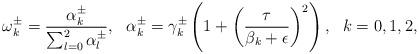
LaTeX: \begin{align*} \omega^{\pm}_k = \frac{\alpha^{\pm}_k}{\sum^2_{l=0} \alpha^{\pm}_l},~~\alpha^{\pm}_k = \gamma^{\pm}_k \left( 1 + \left( \frac{\tau}{\beta_k + \epsilon} \right)^2 \right),~~k=0,1,2,\end{align*}